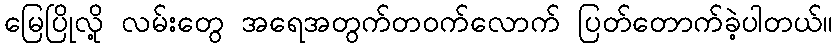
မြေပြိုလို့ လမ်းတွေ အရေအတွက်တဝက်လောက် ပြတ်တောက်ခဲ့ပါတယ်။